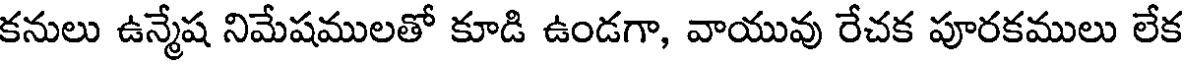
కనులు ఉన్మేష నిమేషములతో కూడి ఉండగా, వాయువు రేచక పూరకములు లేక